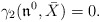
\begin{align*}\gamma_2(\mathfrak{n}^0,\bar X)=0.\end{align*}